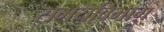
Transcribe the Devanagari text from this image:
समयविभाग